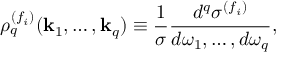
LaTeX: \rho _ { q } ^ { ( f _ { i } ) } ( { \bf k } _ { 1 } , \ldots , { \bf k } _ { q } ) \equiv \frac { 1 } { \sigma } \frac { d ^ { q } \sigma ^ { ( f _ { i } ) } } { d \omega _ { 1 } , \ldots , d \omega _ { q } } ,